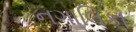
નગાલિકા